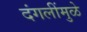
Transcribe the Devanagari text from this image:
दंगलींमुळे